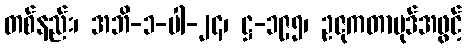
တစ်နည်း၊ အဘိ-၁-ပါ-၂၄၊ ဋ္ဌ-၁၉၅၊ ဥဇုကတာပုဒ်အဖွင့်